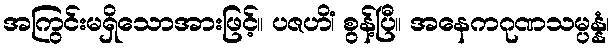
အကြွင်းမရှိသောအားဖြင့်။ ပဇဟိံ၊ စွန့်ပြီ။ အနေကဂုဏသမ္ပန္နံ၊